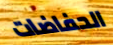
الحفاضات